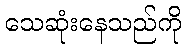
သေဆုံးနေသည်ကို